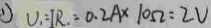
\textcircled { 1 } V _ { 1 } = I R _ { 1 } = 0 . 2 A \times 1 0 \Omega = 2 V